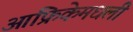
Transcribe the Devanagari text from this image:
आफ्रिकेमधली